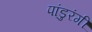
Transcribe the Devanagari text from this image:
पांडुरंगीं